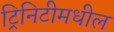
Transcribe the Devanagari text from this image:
ट्रिनिटीमधील